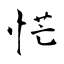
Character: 恾